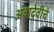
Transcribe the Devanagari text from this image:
अंबादेवीचे